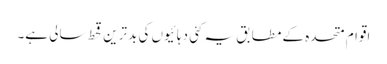
اقوام متحدہ کے مطابق یہ کئی دہائیوں کی بدترین قحط سالی ہے۔